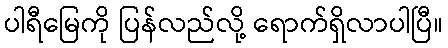
ပါရီမြေကို ပြန်လည်လို့ ရောက်ရှိလာပါပြီ။